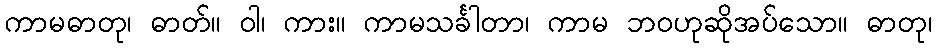
ကာမဓာတု၊ ဓာတ်။ ဝါ၊ ကား။ ကာမသင်္ခါတာ၊ ကာမ ဘဝဟုဆိုအပ်သော။ ဓာတု၊